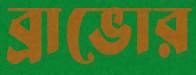
ব্রাভোর